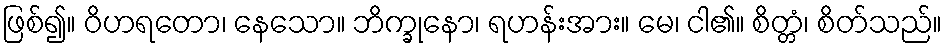
ဖြစ်၍။ ဝိဟရတော၊ နေသော။ ဘိက္ခုနော၊ ရဟန်းအား။ မေ၊ ငါ၏။ စိတ္တံ၊ စိတ်သည်။